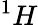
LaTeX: ^{1}H